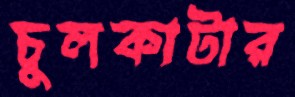
চুলকাটার